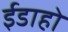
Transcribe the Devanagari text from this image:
ईडाहो